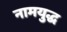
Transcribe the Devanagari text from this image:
नामयुद्ध